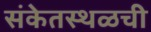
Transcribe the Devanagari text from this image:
संकेतस्थळची